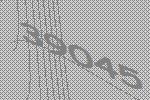
39045